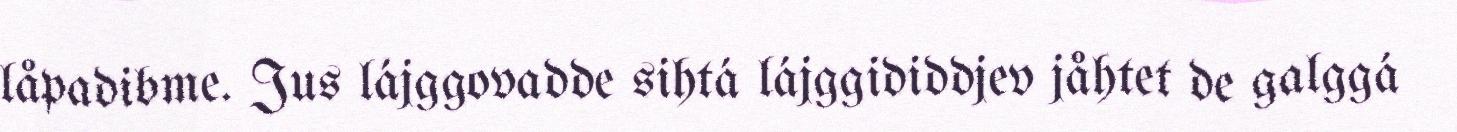
låpadibme. Jus lájggovadde sihtá lájggididdjev jåhtet de galggá